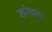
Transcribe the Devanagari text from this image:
शांथला